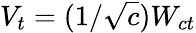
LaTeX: V_{t}=(1/{\sqrt{c}})W_{ct}